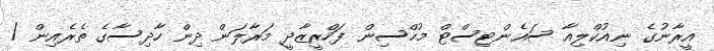
އީރާނުގެ ނިއުކްލިއާ ސައެންޓިސްޓް މުހްސިން ފަހްރީޒާދީ މަރާލަން ދިން ހާދިސާގެ ތެރެއިން /